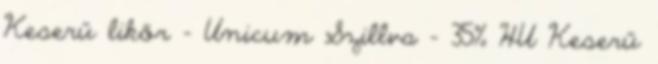
Keserű likőr - Unicum Szillva - 35% HU Keserű